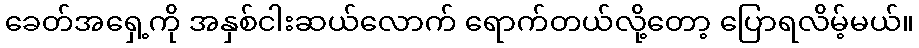
ခေတ်အရှေ့ကို အနှစ်ငါးဆယ်လောက် ရောက်တယ်လို့တော့ ပြောရလိမ့်မယ်။